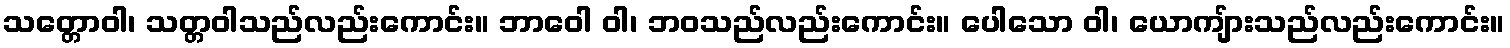
သတ္တောဝါ၊ သတ္တဝါသည်လည်းကောင်း။ ဘာဝေါ ဝါ၊ ဘဝသည်လည်းကောင်း။ ပေါသော ဝါ၊ ယောကျ်ားသည်လည်းကောင်း။